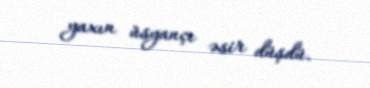
yaxın üsyançı əsir düşdü.